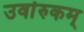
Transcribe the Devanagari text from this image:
उर्वारुकम्